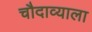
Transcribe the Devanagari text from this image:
चौदाव्याला